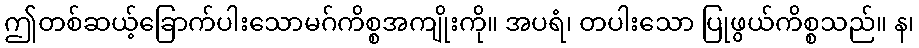
ဤတစ်ဆယ့်ခြောက်ပါးသောမဂ်ကိစ္စအကျိုးကို။ အပရံ၊ တပါးသော ပြုဖွယ်ကိစ္စသည်။ န၊